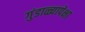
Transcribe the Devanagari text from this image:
गुंडाळ्यापेक्षा